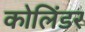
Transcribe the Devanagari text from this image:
कोलिंडर